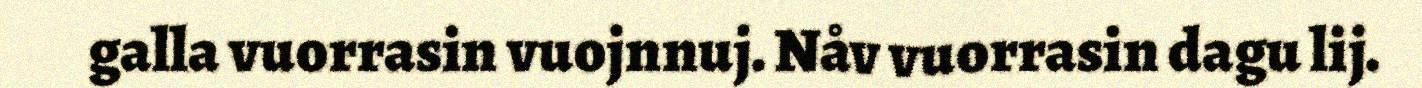
galla vuorrasin vuojnnuj. Nåv vuorrasin dagu lij.